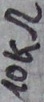
Text: 10kΩ